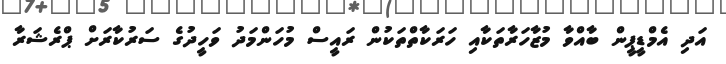
އަދި އެމްޑީޕީން ބާއްވާ މުޒާހަރާތަކާއި ހަރަކާތްތަކުން ރައީސް މުހަންމަދު ވަހީދުގެ ސަރުކާރަށް ޕްރެޝަރާ